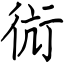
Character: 䘕